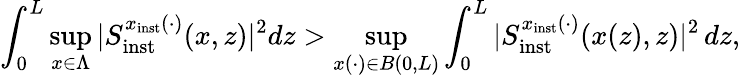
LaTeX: \int_{0}^{L}\operatorname*{sup}_{x\in\Lambda}\vert S_{\mathrm{inst}}^{x_{\mathrm{inst}}(\cdot)}(x,z)\vert^{2}dz>\operatorname*{sup}_{x(\cdot)\in B(0,L)}\int_{0}^{L}\vert S_{\mathrm{inst}}^{x_{\mathrm{inst}}(\cdot)}(x(z),z)\vert^{2}\, dz,